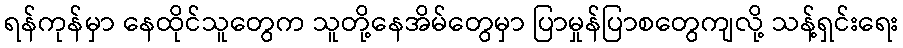
ရန်ကုန်မှာ နေထိုင်သူတွေက သူတို့နေအိမ်တွေမှာ ပြာမှုန်ပြာစတွေကျလို့ သန့်ရှင်းရေး